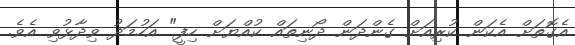
އެގޮތަށް އެކަން ކުރިއަށް ގެންދަން ދޯނިތައް ކުއްޔަށް ހިފީ" އަހުމަދު ވިދާޅުވި އެވެ.